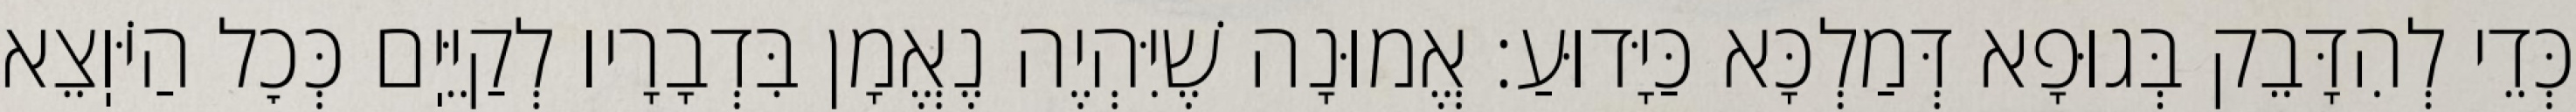
כְּדֵי לְהִדָּבֵק בְּגוּפָא דְּמַלְכָּא כַּיָּדוּעַ: אֱמוּנָה שֶׁיִּהְיֶה נֶאֱמָן בִּדְבָרָיו לְקַיֵּיֽם כְּכׇל הַיֹּוֽצֵא